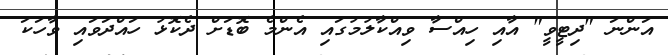
އަންނަ "ދިޓީވީ" އާއި ހިއްސާ ވިއްކާލުމުގައި އެންމެ ބޮޑަށް ދެކޮޅު ހައްދަވައި ވާހަކަ